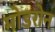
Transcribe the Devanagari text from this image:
मोडरोन